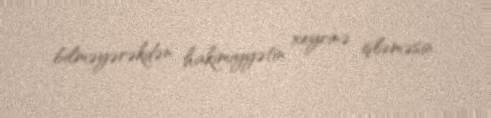
bilməyərəkdən hakimiyyətin xeyrinə işləməsin.